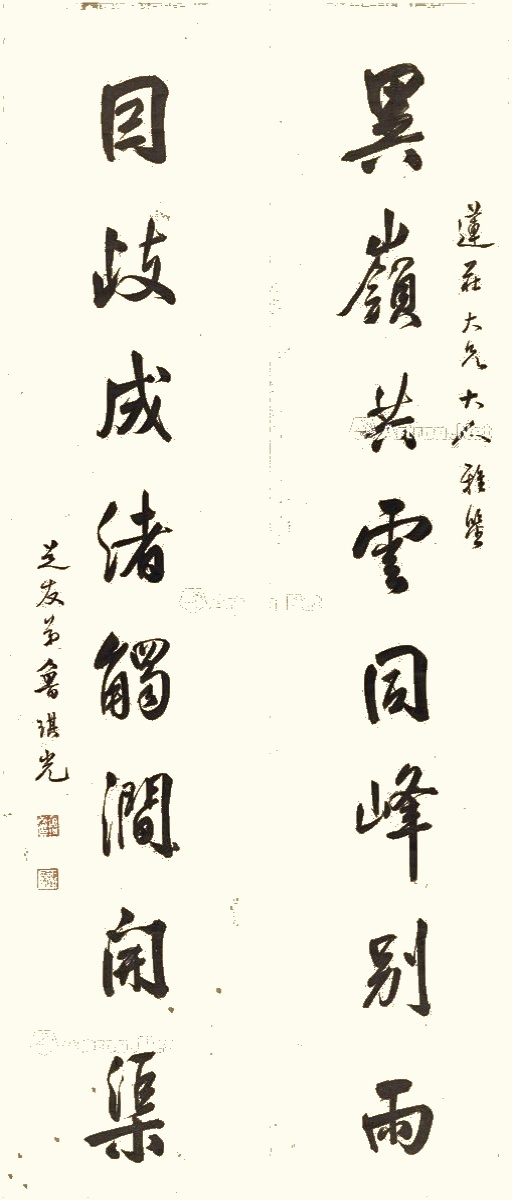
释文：异岭共云同峰别雨，因歧成渚触涧开渠。连庄大兄大人雅鉴，芝友弟鲁琪光。